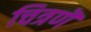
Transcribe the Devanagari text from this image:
चित्रणॆ